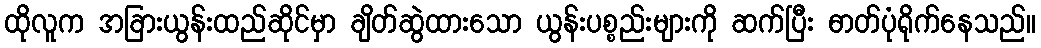
ထိုလူက အခြားယွန်းထည်ဆိုင်မှာ ချိတ်ဆွဲထားသော ယွန်းပစ္စည်းများကို ဆက်ပြီး ဓာတ်ပုံရိုက်နေသည်။